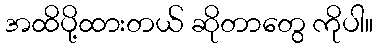
အထိပို့ထားတယ် ဆိုတာတွေ ကိုပါ။